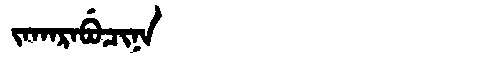
Manchu: ᠵᠠᡴᠠᡵᠠᠪᡠᠴᡳᠨᠠ
Romanization: JAKARABUCINA